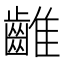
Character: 𪘮